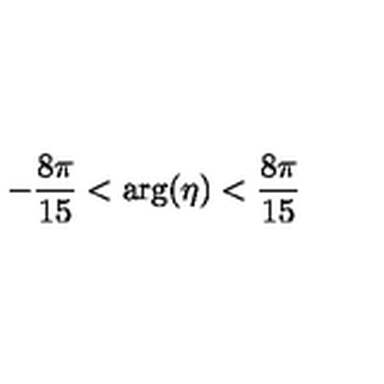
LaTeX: - { \frac { 8 \pi } { 1 5 } } < \mathrm { a r g } ( \eta ) < { \frac { 8 \pi } { 1 5 } }